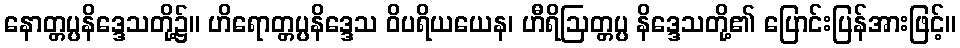
နောတ္တပ္ပနိဒ္ဒေသတို့၌။ ဟိရောတ္တပ္ပနိဒ္ဒေသ ဝိပရိယယေန၊ ဟီရိဩတ္တပ္ပ နိဒ္ဒေသတို့၏ ပြောင်းပြန်အားဖြင့်။